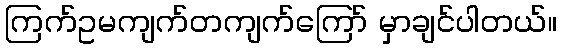
ကြက်ဥမကျက်တကျက်ကြော် မှာချင်ပါတယ်။